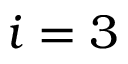
i = 3